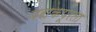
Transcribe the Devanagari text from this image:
बराकपूरला